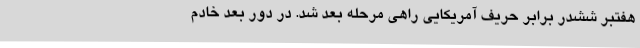
هفتبر ششدر برابر حریف آمریکایی راهی مرحله بعد شد. در دور بعد خادم